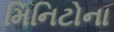
મિનિટોના